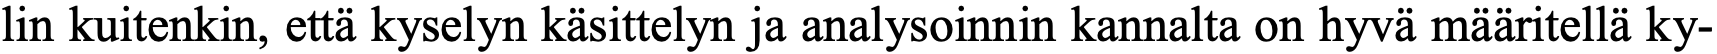
lin kuitenkin, että kyselyn käsittelyn ja analysoinnin kannalta on hyvä määritellä ky-